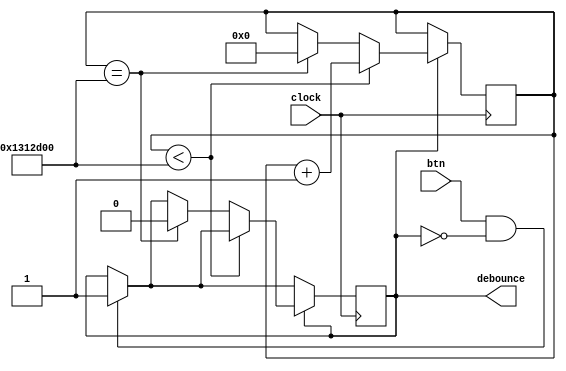
`timescale 1ns / 1ps
//////////////////////////////////////////////////////////////////////////////////
// Company: 
// Engineer: 
// 
// Design Name: 
// Module Name: debouncer
// Project Name: 
// Target Devices: 
// Tool Versions: 
// Description: 
// 
// Dependencies: 
// 
// Revision:
// Revision 0.01 - File Created
// Additional Comments:
// 
//////////////////////////////////////////////////////////////////////////////////


module debouncer(
    input clock,
    input btn,
    output reg debounce = 0
    );

    reg[31:0] count = 0;
    
    always @ (posedge clock) begin
        if (btn && !debounce) begin
            debounce <= 1;
        end
        if (debounce) begin
            if (count < 20000000) begin
                count <= count + 1;
            end
            else if (count == 20000000) begin
                debounce <= 0;
                count <= 0;
            end
        end
    end

endmodule